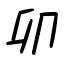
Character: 卯